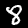
Label: 8